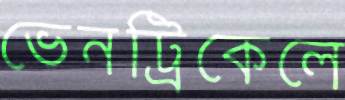
ভেনট্রিকেলে